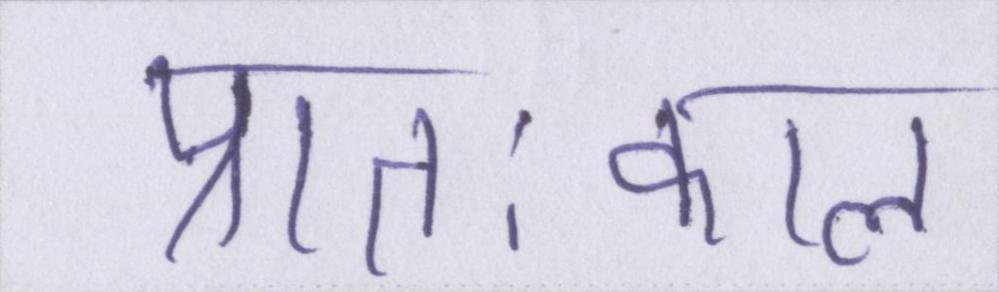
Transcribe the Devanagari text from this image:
प्रातःकाल